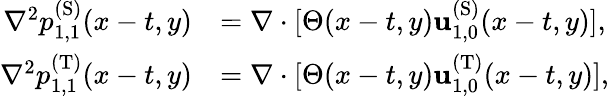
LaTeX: \begin{array}{rl}{\nabla^{2}p_{1,1}^{\mathrm{(S)}}(x-t,y)}&{=\nabla\cdot[\Theta(x-t,y)\mathbf{u}_{1,0}^{\mathrm{(S)}}(x-t,y)],}\\ {\nabla^{2}p_{1,1}^{\mathrm{(T)}}(x-t,y)}&{=\nabla\cdot[\Theta(x-t,y)\mathbf{u}_{1,0}^{\mathrm{(T)}}(x-t,y)],}\end{array}